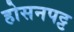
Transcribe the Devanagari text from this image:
होसनपट्ट